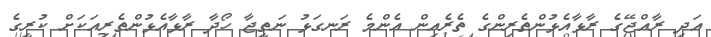
އަދި ރާއްޖޭގެ ރާޅާއެޅުންތެރިންގެ ތެރެއިން އެންމެ ރަނގަޅު ނަތީޖާ ހޯދާ ރާޅާއެޅުންތެރިއަކަށް ކުރީގެ